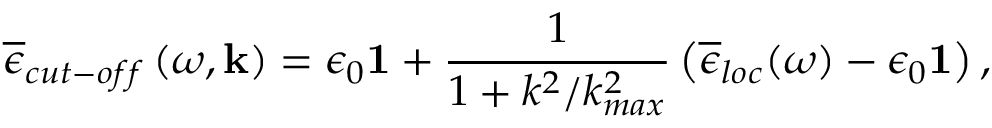
\overline { { \epsilon } } _ { c u t - o f f } \left( \omega , \mathbf { k } \right) = \epsilon _ { 0 } \mathbf { 1 } + \frac { 1 } { 1 + k ^ { 2 } / k _ { m a x } ^ { 2 } } \left( \overline { { \epsilon } } _ { l o c } ( \omega ) - \epsilon _ { 0 } \mathbf { 1 } \right) ,